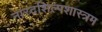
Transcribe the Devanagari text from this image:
नारदशिल्पशास्त्रम